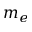
m _ { e }